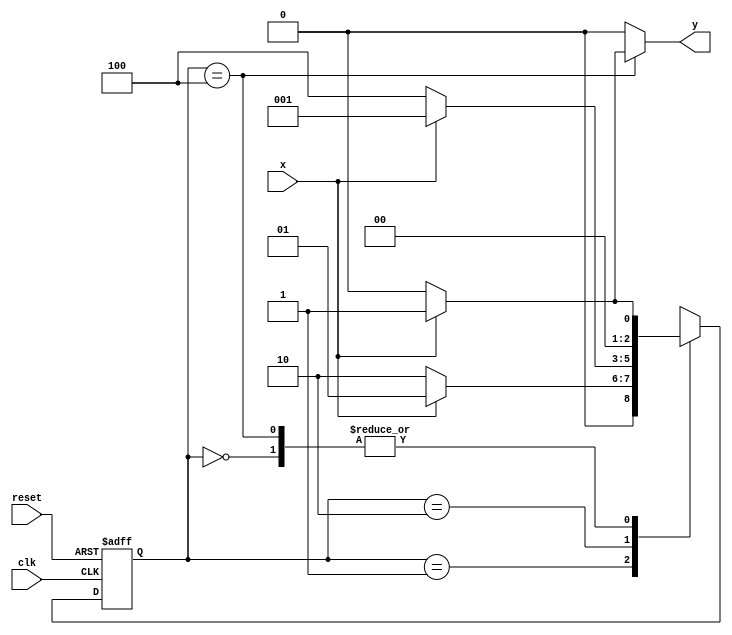
// Guia 10 - 03 
// Paulo Henrique de Almeida Amorim - 412765

// constant definitions
`define found    1
`define notfound 0

// FSM by Mealy
module exercicio03_seq1010_mealy ( y, x, clk, reset );

	output y;
	input  x;
	input  clk;
	input  reset;

	reg    y;

	parameter         // state identifiers 
		start  = 3'b000,
		id1    = 3'b001,
		id10   = 3'b010,
		id101  = 3'b100;

	reg [2:0] E1;	// current state variables
	reg [2:0] E2;	// next state logic output

	// next state logic
   always @( x or E1 )
		begin
		y = `notfound;

		case ( E1 )
			start:
				if ( x )
					E2 = id1;
				else
					E2 = start;
				
			id1:
				if ( x )
					E2 = id1;
				else
					E2 = id10;
			
			id10:
				if ( x )
					E2 = id1;
				else
					E2 = id101;

			id101:
				if ( x )
				begin
					E2 =  id1;
					y  = `found;
				end
				else
				begin
					E2 =  start;
					y  = `notfound;
				end
	 
			default:   // undefined state
				E2 =  3'bxxx;
		endcase
	  
		end // always at signal or state changing
		

	// state variables
		always @( negedge clk or negedge reset )
		begin
			if ( reset )
				E1 = E2;    // updates current state
			else
				E1 = 0;     // reset
		end // always at signal changing

endmodule // exercicio03_seq1010_mealy

module Exercicio3;
	
	reg   clk, reset, x;
	wire  m1;

	exercicio03_seq1010_mealy M3 ( m1, x, clk, reset );

	initial
	begin
		$display("Guia 10 - Paulo Henrique de Almeida Amorim - 412765");
		$display("\nTime\tX   Seq 1010" );

		// initial values
       clk   = 1;
       reset = 0;
       x     = 0;

	// input signal changing
		#10   reset = 1;
		#10  x = 1;
		#10  x = 0;
		#10  x = 0;
		#10  x = 1;
		#10  x = 0;
		#10  x = 1;
		#10  x = 1;
		#10  x = 1;
		#10  x = 1;
		#10  x = 0;
		#10  x = 1;
		#10  x = 1;
		#10  x = 1;
		#10  x = 0;
		#10  x = 1;
		#10  x = 0;
		#10  x = 0;
		#10  x = 0;
		
		#5 $finish;
	
	end // initial

	always
		#5 clk = ~clk;

	always @( posedge clk )
	begin
		$display ( "%4d \t%b\t%b", $time, x, m1);
	end // always at positive edge clocking changing

endmodule